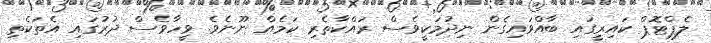
ލެޕްޓޮޕް ކައިރީގައި ބާއްވައިގެން ނިދުމަކީވެސް ރައްކާތެރި ކަމެއް ނޫނެވެ. ވީހާވެސް ދުރުގައި އެތަކެތި